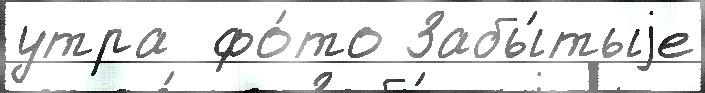
утра  фо́то Забы́тыjе